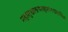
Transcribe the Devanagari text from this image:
महासुखाश्रयसहजांनदप्रदायिका